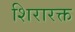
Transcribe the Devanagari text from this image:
शिरारक्त